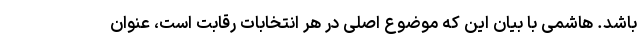
باشد. هاشمی با بیان این که موضوع اصلی در هر انتخابات رقابت است، عنوان